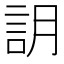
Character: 䚴